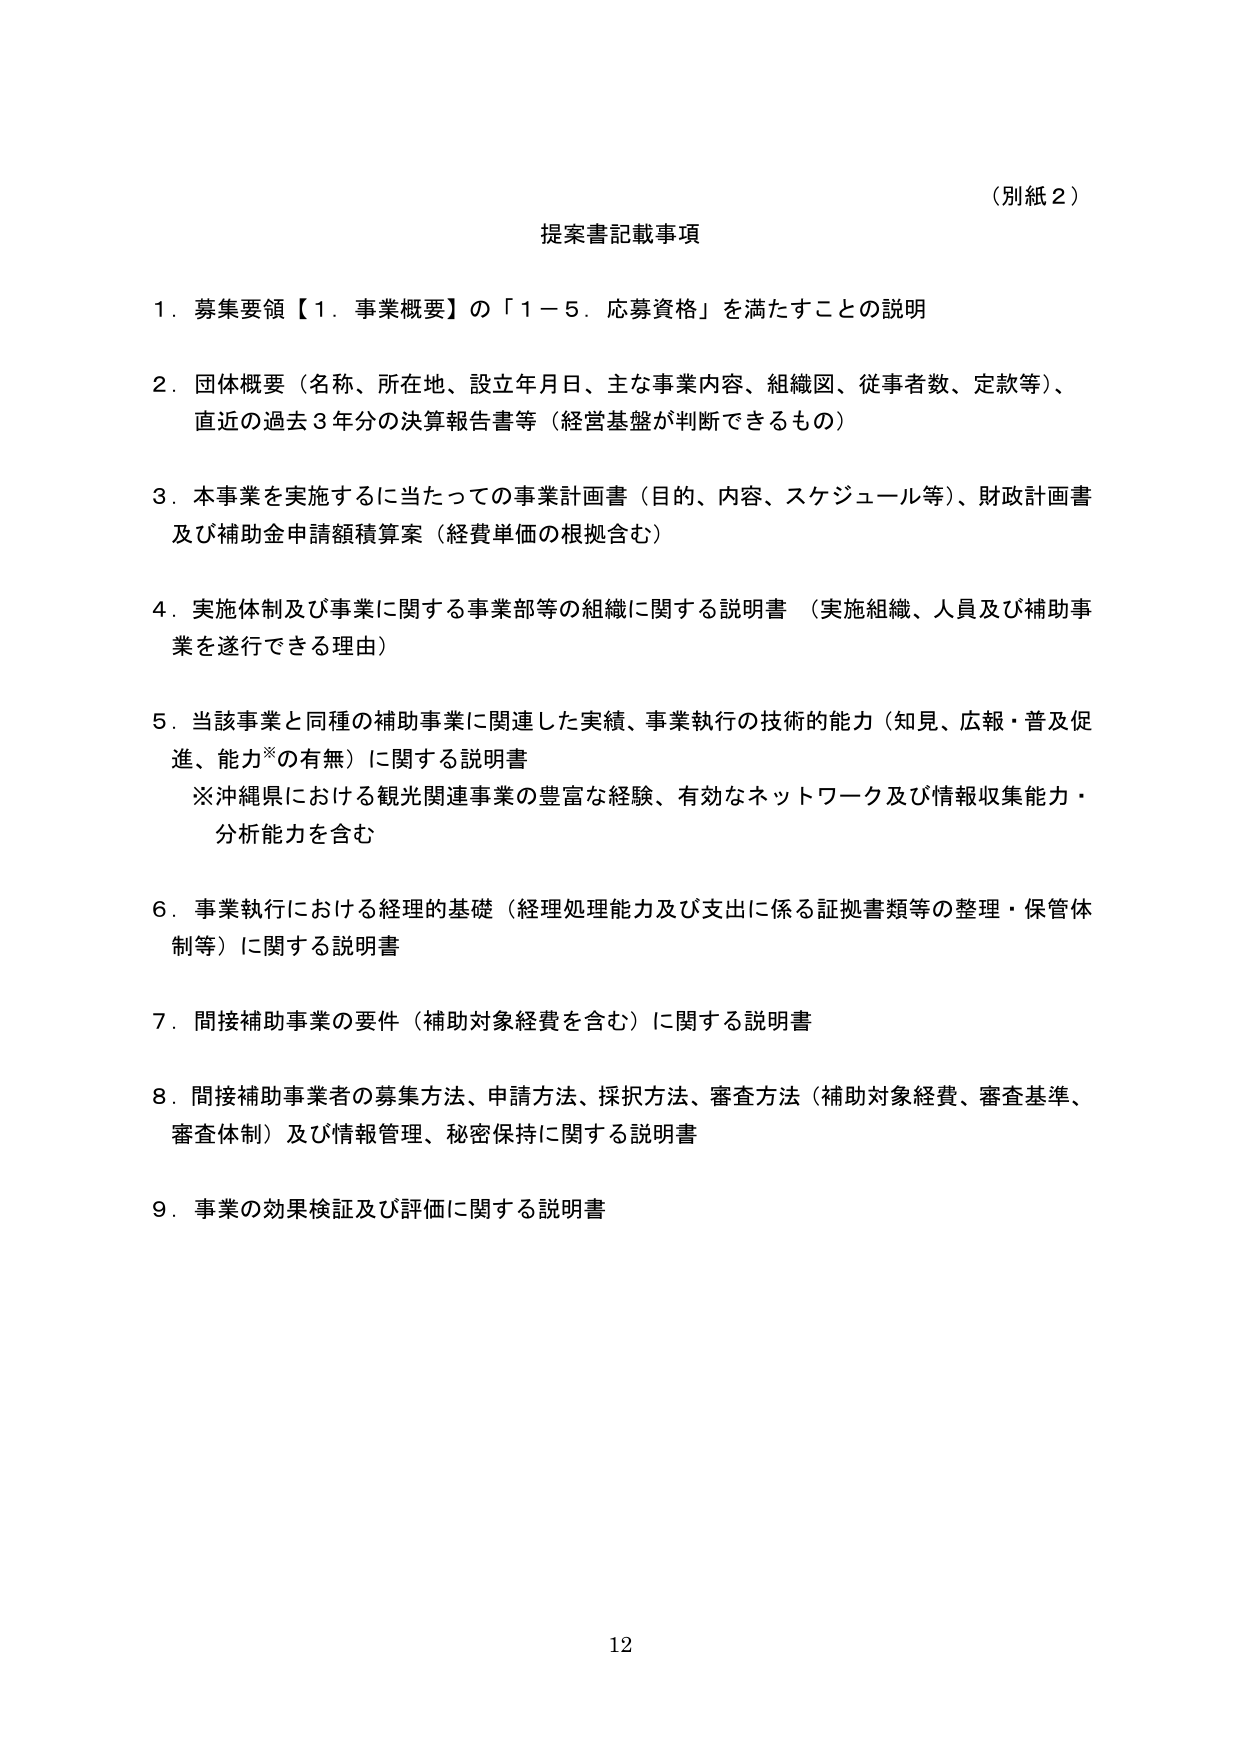
（別紙２）

提案書記載事項

１．募集要領【１．事業概要】の「１－５．応募資格」を満たすことの説明

２．団体概要（名称、所在地、設立年月日、主な事業内容、組織図、従事者数、定款等）、
　直近の過去３年分の決算報告書等（経営基盤が判断できるもの）

３．本事業を実施するに当たっての事業計画書（目的、内容、スケジュール等）、財政計画書
　及び補助金申請額積算案（経費単価の根拠含む）

４．実施体制及び事業に関する事業部等の組織に関する説明書（実施組織、人員及び補助事
　業を遂行できる理由）

５．当該事業と同種の補助事業に関連した実績、事業執行の技術的能力（知見、広報・普及促
　進、能力※の有無）に関する説明書
　※沖縄県における観光関連事業の豊富な経験、有効なネットワーク及び情報収集能力・
　分析能力を含む

６．事業執行における経理的基礎（経理処理能力及び支出に係る証拠書類等の整理・保管体
　制等）に関する説明書

７．間接補助事業の要件（補助対象経費を含む）に関する説明書

８．間接補助事業者の募集方法、申請方法、採択方法、審査方法（補助対象経費、審査基準、
　審査体制）及び情報管理、秘密保持に関する説明書

９．事業の効果検証及び評価に関する説明書

12